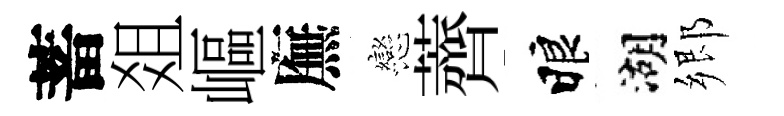
蓄爼嶇廡戀薺睱湖郷